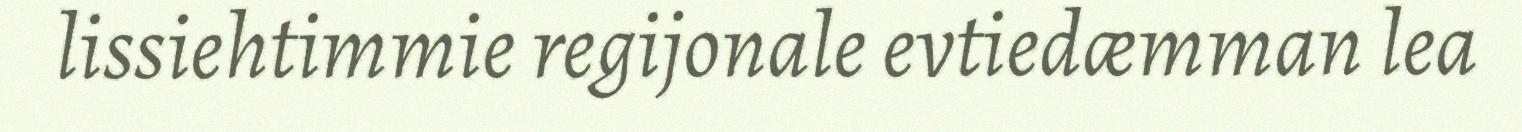
lissiehtimmie regijonale evtiedæmman lea